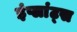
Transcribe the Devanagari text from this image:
इंप्लांट्स